Lunatic asylums Central Provinces reports 1874-1885 - 1874-1885
Year: 1874
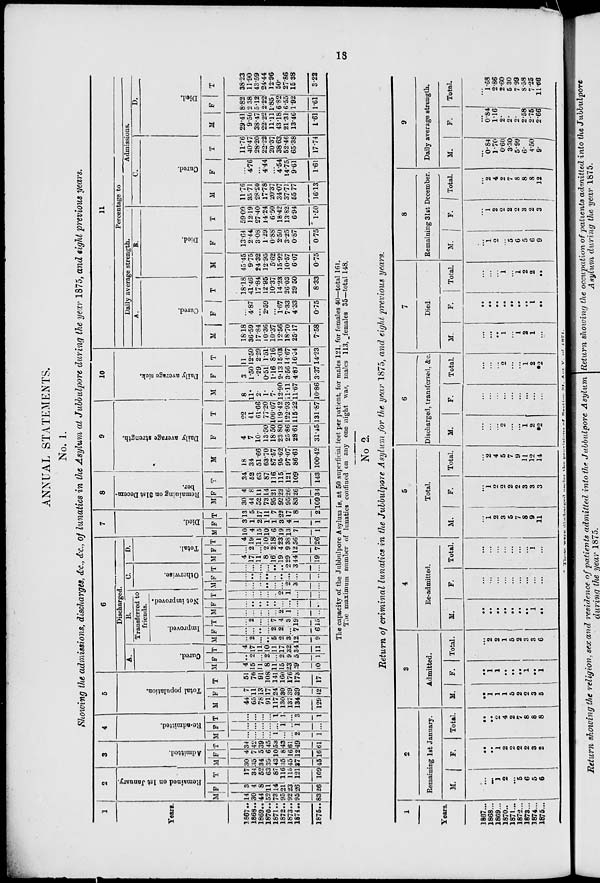
18
ANNUAL STATEMENTS.
No. 1.
Showing the admissions, discharges, &c., &c., of lunatics in the Asylum at Jubbulpore during the year 1875, and eight previous years.
1
Years.
1867 ...
1868 ...
1869 ...
1870 ...
1871 ...
1872 ...
1873 ...
1874 ...
1875 ...
2
Remained on 1st January.
M
14
30
44
52
73
95
92
95
83
F
3
4
8
11
14
21
23
26
26
T
17
34
52
63
87
116
115
121
109
3
Admitted.
M
30
35
34
39
43
35
45
37
45
F
4
7
5
6
10
8
16
12
16
T
34
42
39
45
53
43
61
49
61
4
Re-admitted.
M
...
...
...
...
1
...
...
2
1
F
...
...
...
...
...
1
...
1
...
T
...
...
...
...
1
1
...
3
1
5
Total population.
M
44
65
78
91
117
130
137
134
129
F
7
11
13
17
24
30
39
39
42
T
51
76
91
108
141
160
176
173
17
6
Discharged.
A.
Cured.
M
4
15
11
8
11
15
23
29
10
F
...
2
...
2
...
2
9
5
1
T
4
17
11
10
11
17
32
34
11
B.
Transferred to
friends.
Improved.
M
...
2
...
...
5
2
3
12
9
F
...
...
...
...
2
2
...
7
6
T
...
2
...
...
7
4
3
19
15
Not improved.
M
...
...
...
...
...
2
1
...
...
F
...
...
...
...
...
...
...
...
...
T
...
...
...
...
...
2
1
...
...
C.
Otherwise.
M
...
...
...
...
...
...
2
3
...
F
...
...
...
...
...
..
...
...
...
T
...
...
...
...
...
...
2
3
...
D.
Total.
M
4
17
11
8
16
19
29
44
19
F
...
2
...
2
2
4
9
12
7
T
4
19
11
10
18
23
38
56
26
7
Died.
M
10
4
15
10
6
19
13
7
1
F
3
1
2
1
1
3
4
1
1
T
13
5
17
11
7
22
17
8
2
8
Remaining on 31st Decem-
ber.
M
30
44
52
73
95
92
95
83
109
F
4
8
11
14
21
23
26
26
34
T
34
52
63
87
116
115
121
109
143
9
Daily average strength.
M
18
34
51.66
63.70
87.57
95.62
97.07
86.61
100.42
F
4
7
10.
13.50
18.50
23.80
25.86
28.61
31.45
T
22
41
61.66
77.20
106.07
119.42
122.93
115.22
131.87
10
Daily average sick.
M
8
11.
2.
1.
7.
12.90
11.11
11.67
10.86
F
3
1.50
.29
0.51
1.16
2.13
3.56
4.87
3.37
T
11
12.50
2.29
1.51
8.16
15.03
14.67
16.54
14.23
11
Percentage to
Daily average strength.
A.
Cured.
M
18.18
36.59
17.84
10.36
10.37
12.56
18.70
25.17
7.58
F
...
4.87
...
2.59
...
1.67
7.33
4.33
0.75
T
18.18
41.46
17.84
12.95
10.37
14.23
26.03
29.50
8.33
B.
Died.
M
45.45
9.75
24.32
12.95
5.62
15.92
10.57
6.07
0.75
F
13.64
2.44
3.08
1.29
0.88
2.50
3.25
0.87
0.75
T
59.09
12.19
27.40
14.24
6.50
18.42
13.82
6.94
1.50
Admissions.
C.
Cured.
M
11.76
35.71
28.20
17.78
20.37
34.07
37.71
55.77
16.13
F
...
4.76
...
4.44
...
4.54
14.75
9.61
1.61
T
11.76
40.47
28.20
22.22
20.37
38.63
52.46
65.38
17.74
D.
Died.
M
29.41
9.50
38.47
22.22
11.11
43.18
21.31
13.46
1.61
F
8.82
2.38
5.12
2.22
1.85
6.82
6.55
1.92
1.61
T
38.23
11.90
43.59
24.44
12.96
50.
27.86
15.38
3.22
The capacity of the Jubbulpore Asylum is, at 50 superficial feet per patient, for males 121, for females 40—total 161.
The maximum number of lunatics confined on any one night was, males 113, females 35—total 148.
No 2.
Return of criminal lunatics in the Jubbulpore Asylum for the year 1875, and eight previous years.
1
Years.
1867 ...
1868
1869 ...
1870 ...
1871 ...
1872 ...
1873 ...
1874 ...
1875 ...
2
Remaining 1st January.
M.
...
...
1
2
...
5
6
5
6
F.
...
...
1
2
2
2
2
3
2
Total.
...
...
2
4
2
7
8
8
8
3
Admitted.
M.
...
1
1
1
5
2
2
3
5
F.
...
1
1
...
...
...
1
...
1
Total.
...
2
2
1
5
2
3
3
6
4
Re-admitted.
M.
...
...
...
...
...
...
...
1
...
F.
...
...
...
...
...
...
...
...
...
Total.
...
...
...
...
...
...
...
1
...
5
Total.
M.
...
1
2
3
5
7
8
9
11
F.
...
1
2
2
2
2
3
3
3
Total.
...
2
4
5
7
9
11
12
14
6
Discharged, transferred, &c.
M.
...
...
...
2
...
...
1
2
*2
F.
...
...
...
...
...
...
...
..
...
Total.
...
...
...
2
...
...
1
2
*2
7
Died.
M.
...
...
...
1
...
1
2
1
...
F.
...
...
...
...
...
...
...
1
...
Total.
...
...
...
1
...
1
2
2
...
8
Remaining 31st December.
M.
...
1
2
...
5
6
5
6
9
F.
...
1
2
2
2
2
3
2
3
Total.
...
2
4
2
7
8
8
8
12
9
Daily average strength.
M.
...
0.84
1.70
0.60
3.30
5.99
6.
4.50
9.
F.
...
0.84
1.16
2.
2.
2.
2.58
2.75
2.66
Total.
...
1.68
2.86
2.60
5.30
7.99
8.58
7.25
11.66
*
These
were
discharged
under
the
provisions
of Section 31, Act V. of 1871.